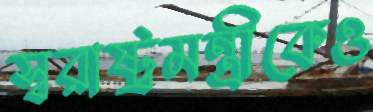
স্বরাষ্ট্রমন্ত্রীকেও